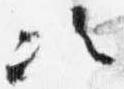
次